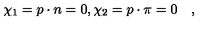
\chi _ { 1 } = p \cdot n = 0 , \chi _ { 2 } = p \cdot \pi = 0 \quad ,